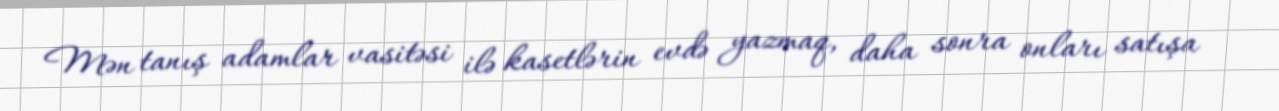
Mən tanış adamlar vasitəsi ilə kasetlərin evdə yazmaq, daha sonra onları satışa